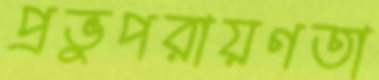
প্রভুপরায়ণতা